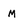
Character: M